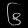
Digit: ၆